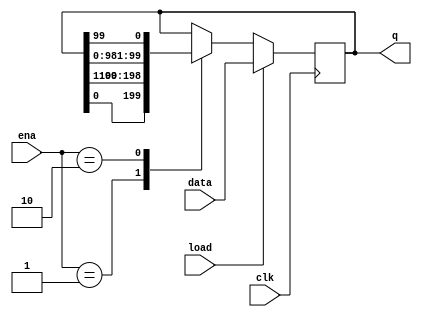

module top_module(
    input clk,
    input load,
    input [1:0] ena,
    input [99:0] data,
    output reg [99:0] q
    );

always @(posedge clk) begin
    if(load) begin
        q<=data;
    end else begin
        case(ena) 
            2'b00: q<=q; 
            2'b01: q<={q[0],q[99:1]};
            2'b10: q<={q[98:0],q[99]};
            default: q<=q;
        endcase
    end

end







endmodule